Report on vaccination in Madras 1922-1929 - 1922-1929
Year: 1922
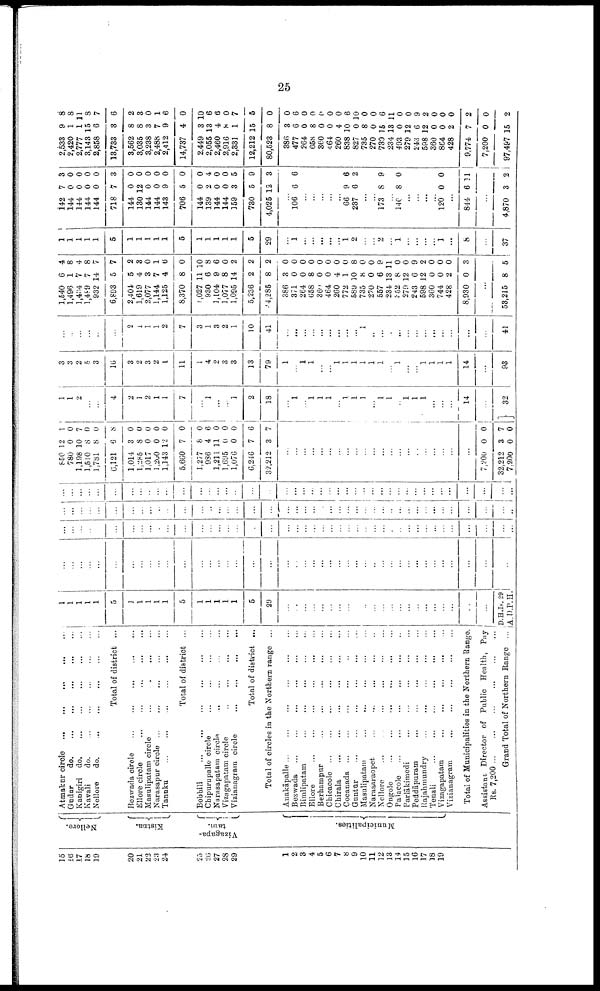
25
15
16
17
18
19
20
21
22
23
24
25
2li
27
23
29
1
2
3
4
5
6
7
8
9
10
11
12
13
14
15
16
17
18
19
Nellore.
Kistna.
Vizagapa
tam.
Municipalities.
Atmakur circle
...
...
...
...
...
Gudur
do. ... ... ... ... ...
Kanigiri
do.
...
...
...
...
...
Kavali
do. ... ... ... ... ...
Nellore
do.
...
...
...
...
...
Total of district ...
Bezwada circle
...
...
...
...
...
Ellore circle
...
...
...
...
...
Masulipatam circle
...
...
...
...
Narasapur circle
...
...
...
...
...
Tanuku
...
...
...
...
...
...
Total of district ...
Bobbili
...
...
...
...
...
...
Chipurupalle circle ... ... ... ...
Narasapatam circle
... ... ... ...
Vizagapatam circle ... ... ... ...
Vizianagram circle
...
...
...
...
Total of district ...
Total of circles in the Northern range ...
Anakāpalle ...
...
...
...
...
...
Bezwada
...
...
...
...
...
...
Bimlipatam
...
...
...
...
...
Ellore
...
...
...
...
...
...
Berhampar
...
...
...
...
...
Chicacole
...
...
...
...
...
...
Chirala
...
...
...
...
...
...
Cocanada ... ... ... ... ... ...
Gnntūr
...
...
...
...
...
...
Masulipatam
...
...
...
...
...
Narasaraopet ... ... ... ... ...
Nellore ... ... ... ... ... ...
Ongole ... ... ... ... ... ...
Palacole
...
...
...
...
...
...
Parlākimedi
...
...
...
...
...
Peddāpuram
...
...
...
...
...
Rajahmundry
...
...
...
...
...
Tenali
...
...
...
...
...
...
Vizagapatam ... ... ... ... ...
Vizianagram
...
...
...
...
...
Total of Municipalities in the Northern Range.
Assistant Director of Public Health, Pay
Rs 7,900
...
...
...
...
...
...
Grand Total of Northern Range ...
1
1
1
1
1
5
1
1
1
1
1
5
1
1
1
1
1
5
29
...
...
...
...
...
...
...
...
...
...
...
...
...
...
...
...
...
...
...
...
...
...
D.H.Is. 29
A.D.P.H.
...
...
...
...
...
...
...
...
...
...
...
...
...
...
...
...
...
...
...
...
...
...
...
...
...
...
... ...
...
...
...
...
...
...
...
...
...
...
...
...
...
...
...
...
...
...
...
...
...
...
...
...
...
...
...
...
...
...
...
...
...
...
...
...
...
...
...
...
...
...
...
...
...
...
...
...
...
...
...
...
...
...
...
...
...
...
...
...
...
...
...
...
...
...
...
...
...
...
...
...
...
...
...
...
...
...
...
...
...
...
...
...
...
...
...
...
...
...
...
...
...
...
...
...
...
...
...
...
...
...
...
...
...
...
...
...
...
...
...
...
...
...
...
...
...
...
...
...
...
...
...
...
...
...
...
...
...
...
...
...
...
...
...
...
...
...
...
...
...
...
...
850
780
1,198
1,510
1,781
6,121
1,014
1,285
1,017
1,260
1,143
5,660
1,277
986
1,211
1,695
1,076
6,246
32,212
12
0
10
8
8
6
3
8
0
0
12
7
8
4
11
0
0
7
3
1
0
7
0
0
8
0
0
0
0
0
0
0
6
0
0
0
6
7
...
...
...
...
...
...
...
...
...
...
...
...
...
...
...
...
...
...
...
...
...
7,200
32,212
7,200
0
3
0
0
7
0
1
1
2
...
...
4
2
1
2
1
1
7
...
1
...
...
1
2
18
...
1
...
1
1
1
...
1
1
1
...
1
1
...
1
1
1
...
...
...
14
...
32
3
3
2
5
3
16
3
2
3
2
1
11
1
4
2
3
3
13
79
1
... 1
1
...
...
1
1
1
1
1
1
...
1
...
... 1
1
1
1
14
...
93
...
...
...
...
...
...
2
1
1
1
2
7
3
1
3
2
1
10
41
...
...
...
...
...
...
...
...
...
1
..
...
...
...
...
...
...
...
...
...
...
...
41
1,540
1,496
1,434
1,489
932
6,893
2,404
1,619
2,077
1,144
1,125
8,370
1,027
930
1,104
1,077
1,095
5,236
4,285
386
371
264
658
360
464
260
772
589
735
270
557
234
352
279
243
598
360
744
428
8,930
6
1
7
7
14
5
5
4
3
7
4
8
11
6
9
8
14
2
8
3
0
0
8
0
0
4
1
10
8
0
6
13
8
12
6
12
0
0
2
0
4
8
4
8
7
7
2
3
0
1
6
0
10
8
6
0
2
2
2
0
0
0
0
0
0
0
0
8
0
0
9
11
0
0
9
2
0
0
0
3
...
53,215 8 5
1
1
1
1
1
5
1
1
1
1
1
5
1
1
1
1
1
5
29
...
1
...
...
...
...
...
1
2
...
... 2
...
1
...
...
...
...
1
...
8
...
37
142
144
144
144
144
718
144
130
144
144
143
706
144
139
144
144
159
730
4,025
7
0
0
0
0
7
0
12
0
0
9
5
0
2
0
0
3
5
12
3
0
0
0
0
3
0
0
0
0
0
0
0
4
0
0
5
9
3
...
106 6 6
...
...
...
...
...
66
237
9
6
6
2
...
...
173 8 9
...
140 8 0
...
...
...
...
120 0 0
...
844 6 11
...
4,870 3 2
2,533
2,420
2,777
3,143
2,858
13,733
3,562
3,035
3,238
2,488
2,412
14,737
2,449
2,055
2,460
2,916
2,331
12,212
80,523
386
477
264
658
360
464
260
838
827
735
270
730
234
493
279
243
598
360
864
428
9,774
7,200
97,497
9
1
1
15
6
3
8
8
3
7
9
4
3
13
4
8
1
15
8
3
6
0
8
0
0
4
10
0
8
0
15
13
0
12
6
12
0
0
2
7
0
15
8
8
11
8
7
6
2
3
0
1
6
0
10
6
6
0
7
5
0
0
6
0
0
0
0
0
6
10
0
0
6
11
0
0
9
2
0
0
0
2
0
2